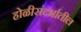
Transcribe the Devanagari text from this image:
होळीसंदर्भातील